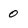
Character: 0